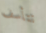
تتأسف